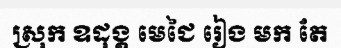
ស្រុក ឧដុង្គ មេជៃ រៀង មក តែ